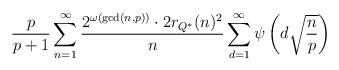
\begin{align*} \frac{p}{p+1} \sum_{n=1}^{\infty} \frac{2^{\omega(\gcd(n,p))} \cdot 2r_{Q^{\ast}}(n)^{2}}{n} \sum_{d=1}^{\infty} \psi\left(d \sqrt{\frac{n}{p}}\right)\end{align*}